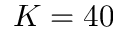
K = 4 0